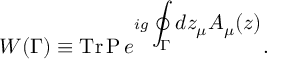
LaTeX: W ( \Gamma ) \equiv \mathrm { T r \, P } \, e ^ { i g \displaystyle \oint _ { \Gamma } d z _ { \mu } A _ { \mu } ( z ) } .